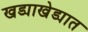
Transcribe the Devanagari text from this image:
खड्याखेड्यात